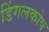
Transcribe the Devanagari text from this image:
डिंगलकोष